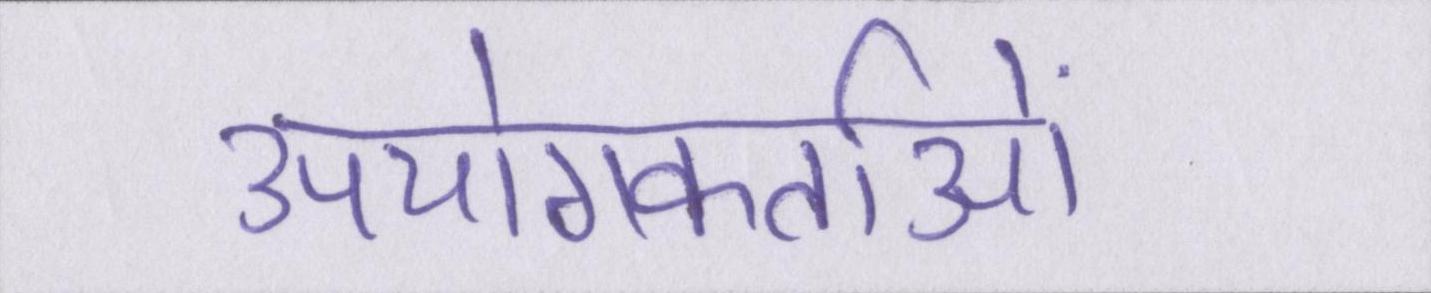
उपयोगकर्ताओं